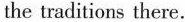
the traditions there